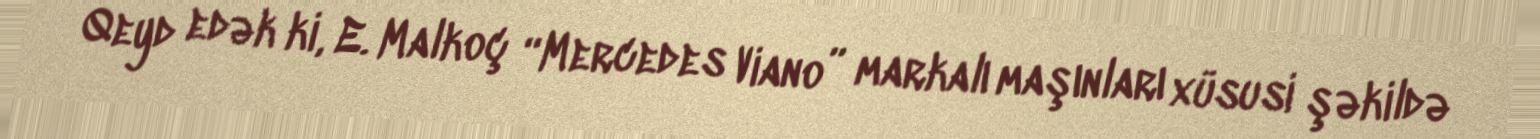
Qeyd edək ki, E. Malkoç “Mercedes Viano” markalı maşınları xüsusi şəkildə